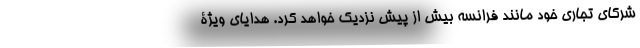
شرکای تجاری خود مانند فرانسه بیش از پیش نزدیک خواهد کرد. هدایای ویژۀ